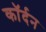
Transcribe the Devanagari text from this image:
कॉर्दन